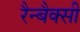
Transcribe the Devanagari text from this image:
रैन्बैक्सी